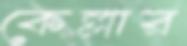
কেল্লার